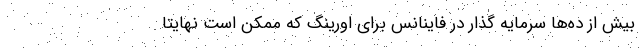
بیش از ده‌ها سرمایه گذار در فاینانس برای اورینگ که ممکن است نهایتا